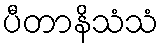
ပီတာနိသံသံ